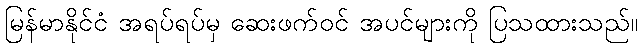
မြန်မာနိုင်ငံ အရပ်ရပ်မှ ဆေးဖက်ဝင် အပင်များကို ပြသထားသည်။